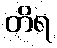
တိရ